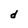
Character: d